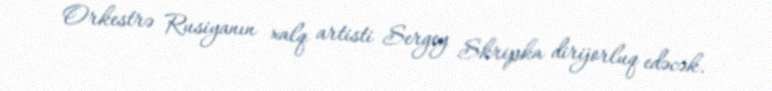
Orkestrə Rusiyanın xalq artisti Sergey Skripka dirijorluq edəcək.